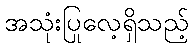
အသုံးပြုလေ့ရှိသည့်